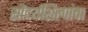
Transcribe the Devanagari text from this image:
सौंदर्यशिल्पांचा